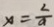
x = \frac { 2 } { a }